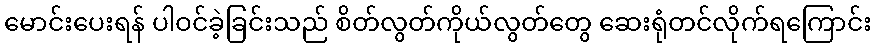
မောင်းပေးရန် ပါဝင်ခဲ့ခြင်းသည် စိတ်လွတ်ကိုယ်လွတ်တွေ ဆေးရုံတင်လိုက်ရကြောင်း